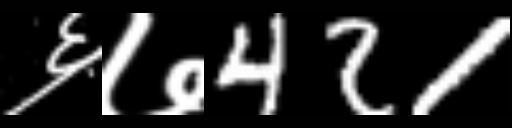
Text: ६७421